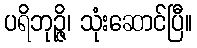
ပရိဘုဉ္ဇိ၊ သုံးဆောင်ပြီ။